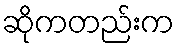
ဆိုကတည်းက